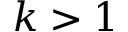
k > 1